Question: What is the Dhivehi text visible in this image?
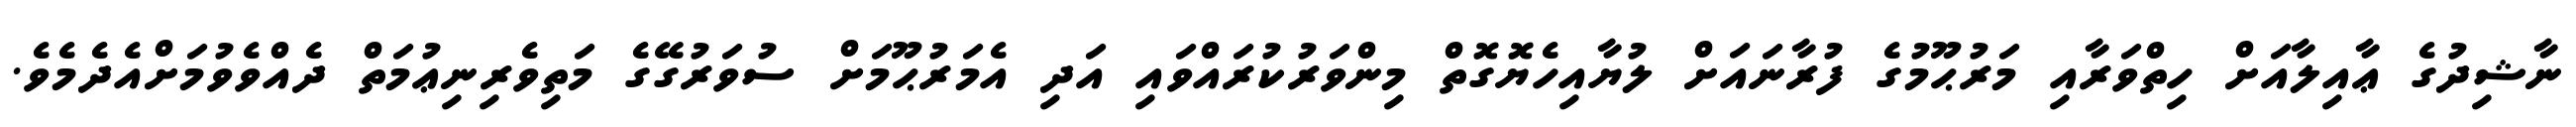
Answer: ނާޝިދުގެ ޢާއިލާއަށް ހިތްވަރާއި މަރުޙޫމުގެ ފުރާނައަށް ލުޔާއިހެޔޮގޮތް މިންވަރުކުރައްވައި އަދި އެމަރުޙޫމަށް ސުވަރުގޭގެ މަތިވެރިނިޢުމަތް ދެއްވެވުމަށްއެދެމެވެ.